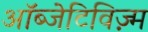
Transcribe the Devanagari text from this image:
ऑब्जेटिविज़्म